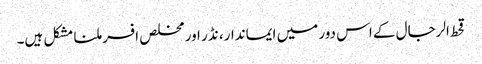
قحط الرجال کے اس دور میں ایماندار، نڈر اور مخلص افسر ملنا مشکل ہیں۔